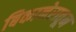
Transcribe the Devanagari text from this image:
बिकानेरातून